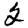
Digit: 2